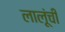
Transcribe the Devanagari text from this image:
लालूंची